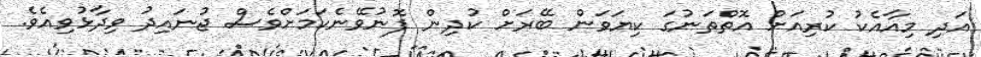
އަދި މިއާއެކު ކުރިއަށް އޮތްތަނުގަ ކިޔަވަން ބޭރަށް ކުދިން ފޮނުވޭނެކަމަށްވެސް ޖުނައިދު ވިދާޅުވިއެވެ.